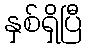
နှစ်ရှိပြီ